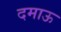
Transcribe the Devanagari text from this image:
दमाऊ